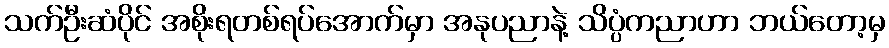
သက်ဦးဆံပိုင် အစိုးရတစ်ရပ်အောက်မှာ အနုပညာနဲ့ သိပ္ပံကညာဟာ ဘယ်တော့မှ